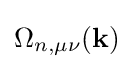
\Omega _{n,\mu \nu }(\mathbf {k} )